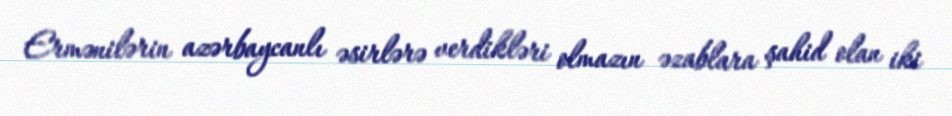
Ermənilərin azərbaycanlı əsirlərə verdikləri olmazın əzablara şahid olan iki